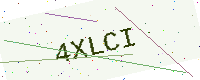
Text: 4XLCI